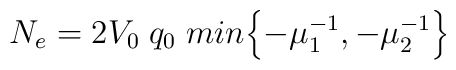
N_{e}=2 V_0\; q_0\; min\Bigl\{-\mu_1^{-1},-\mu_2^{-1}\Bigr\}